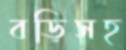
বড়িসহ